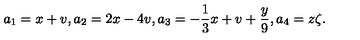
a _ { 1 } = x + v , a _ { 2 } = 2 x - 4 v , a _ { 3 } = - \frac { 1 } { 3 } x + v + \frac { y } { 9 } , a _ { 4 } = z \zeta .